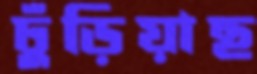
ঢুঁড়িয়াছ